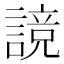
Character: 𰵃